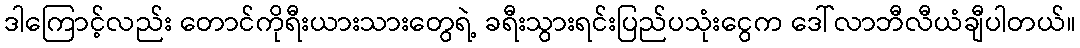
ဒါကြောင့်လည်း တောင်ကိုရီးယားသားတွေရဲ့ ခရီးသွားရင်းပြည်ပသုံးငွေက ဒေါ်လာဘီလီယံချီပါတယ်။